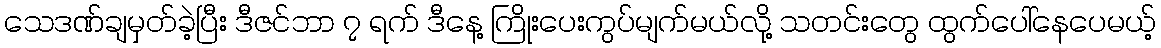
သေဒဏ်ချမှတ်ခဲ့ပြီး ဒီဇင်ဘာ ၇ ရက် ဒီနေ့ ကြိုးပေးကွပ်မျက်မယ်လို့ သတင်းတွေ ထွက်ပေါ်နေပေမယ့်